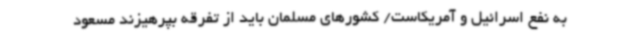
به نفع اسرائیل و آمریکاست/ کشورهای مسلمان باید از تفرقه بپرهیزند مسعود